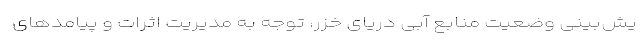
یش‌بینی وضعیت منابع آبی دریای خزر، توجه به مدیریت اثرات و پیامدهای